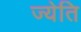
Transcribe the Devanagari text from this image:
ज्येति